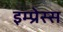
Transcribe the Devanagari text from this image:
इम्प्रेस्स